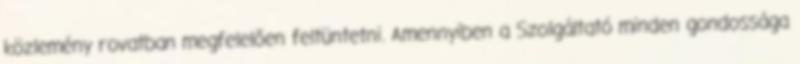
közlemény rovatban megfelelően feltüntetni. Amennyiben a Szolgáltató minden gondossága